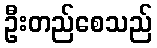
ဦးတည်စေသည်